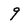
Character: 9